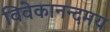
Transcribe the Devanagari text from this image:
विवेकानन्दमय